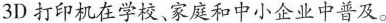
3D打印机在学校、家庭和中小企业中普及。